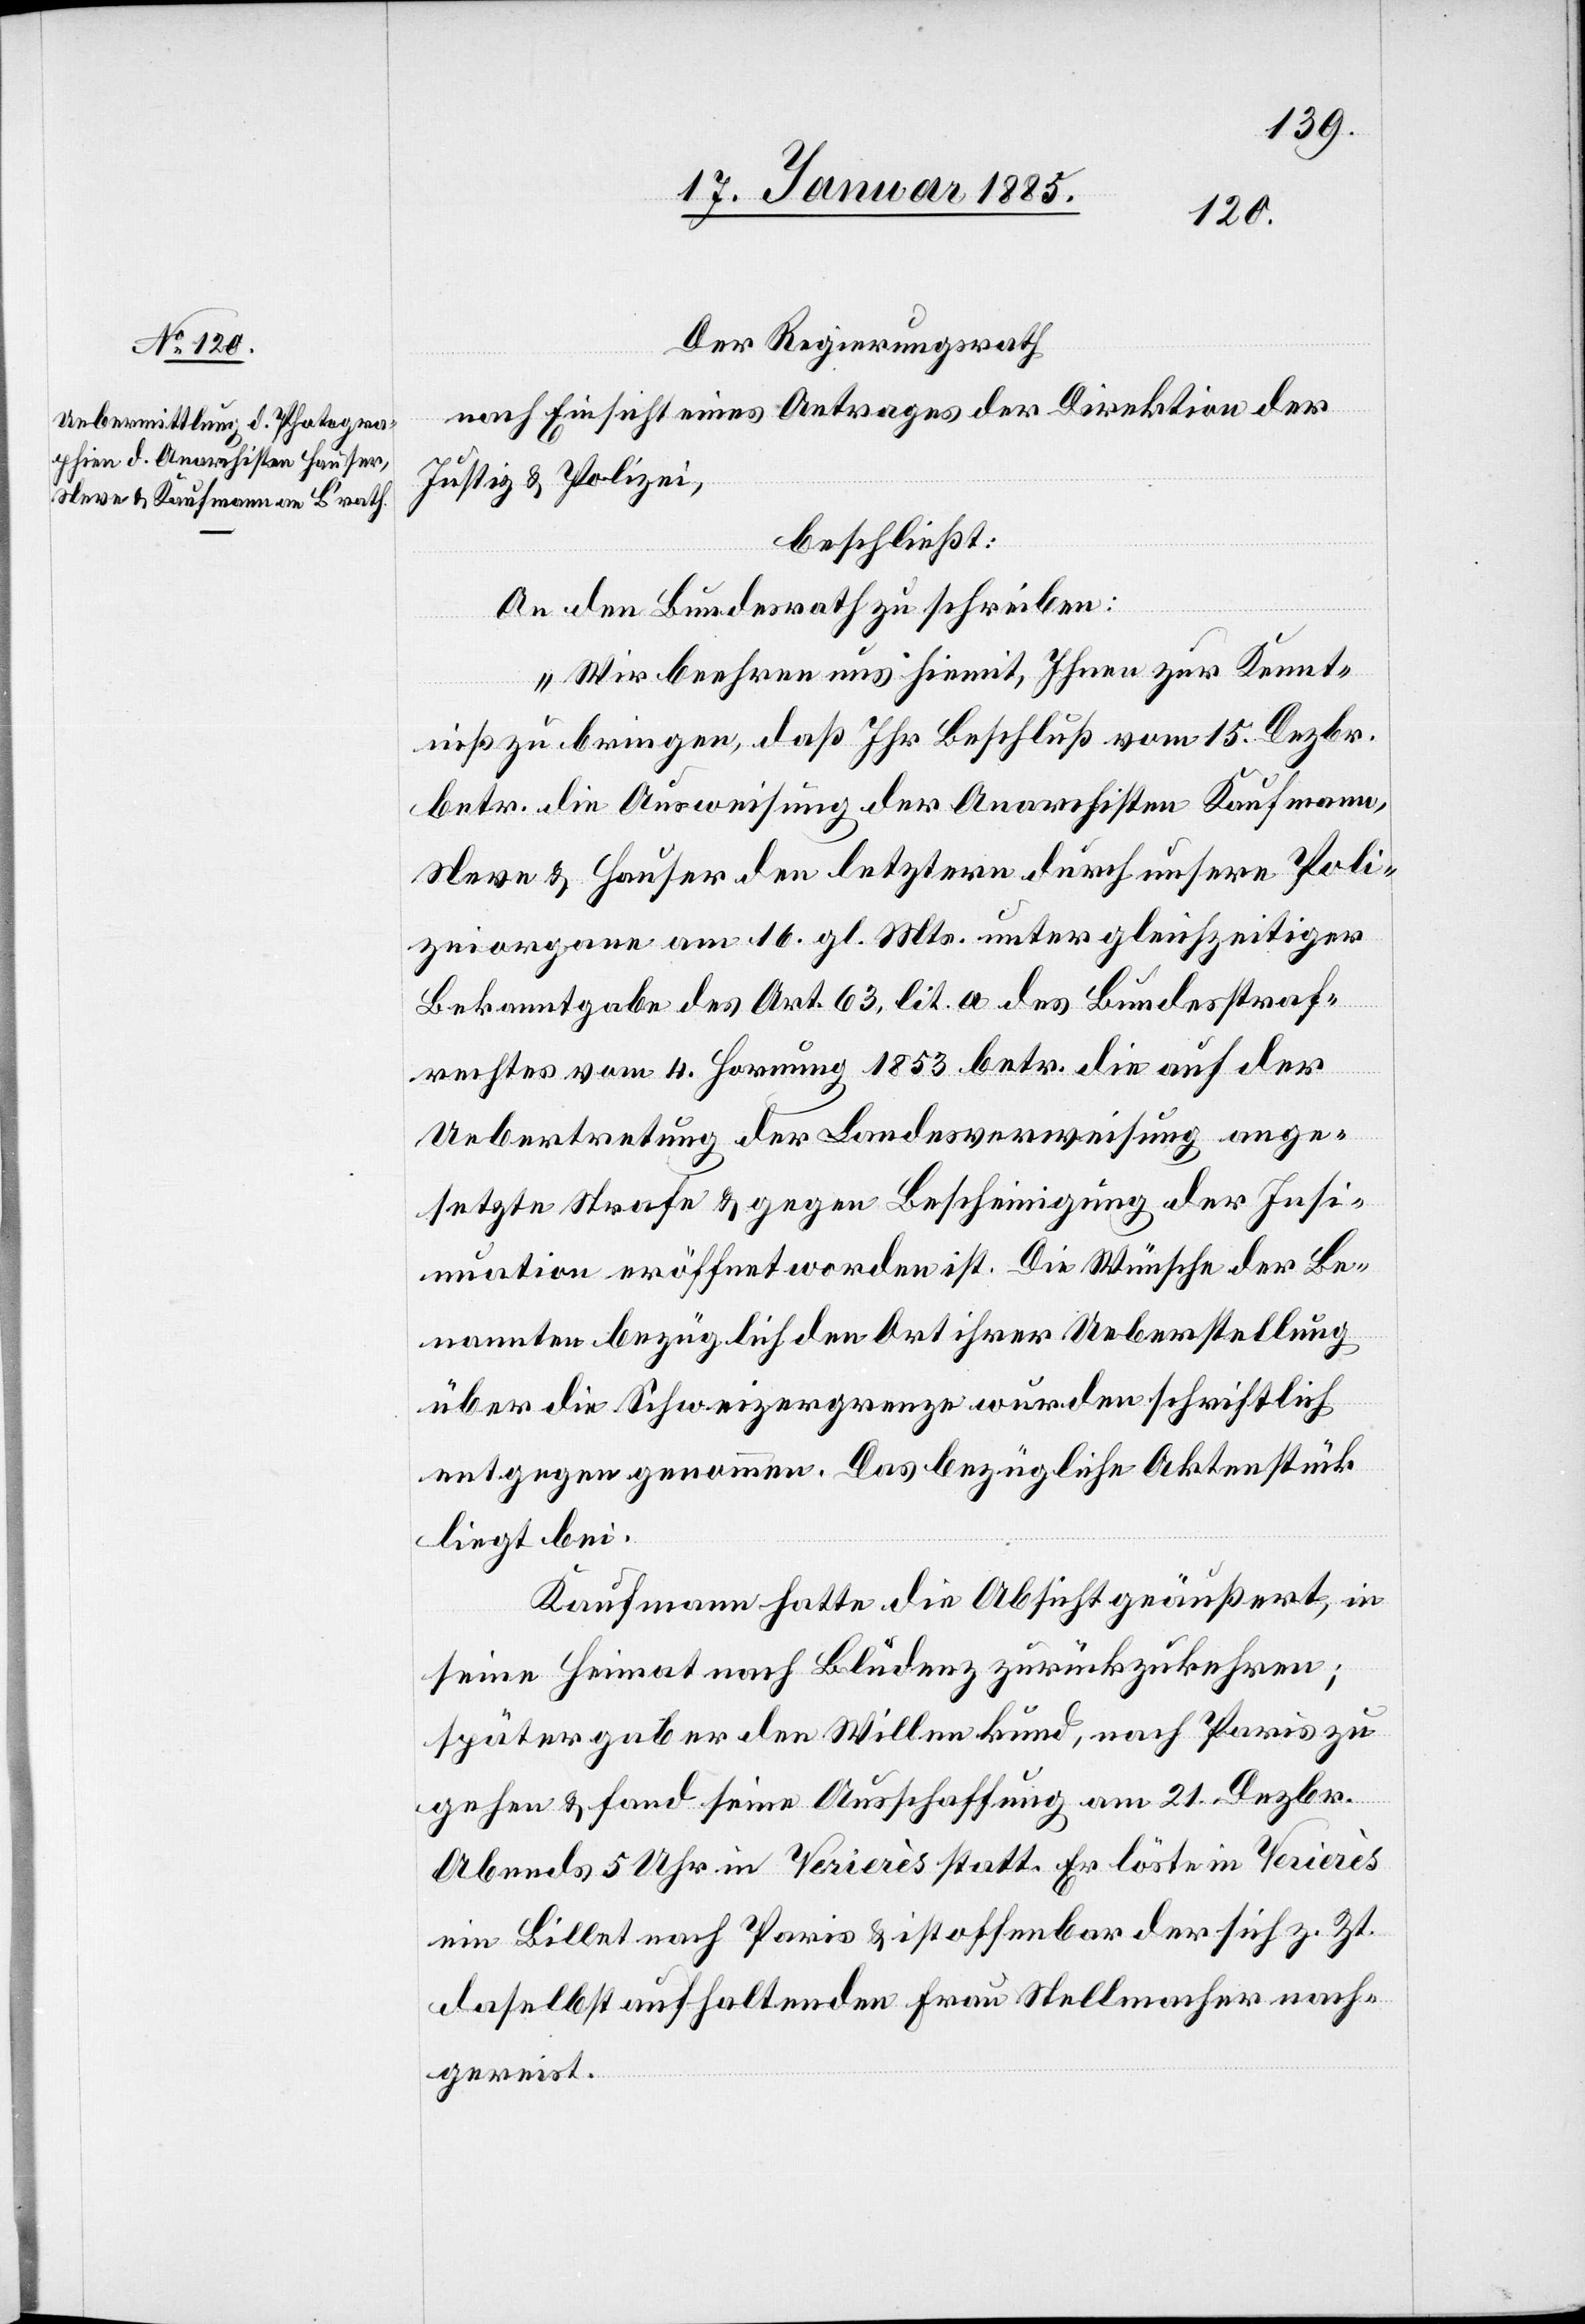
Der Regierungsrath,
nach Einsicht eines Antrages der der Direktion der
Justiz & Polizei,
beschließt:
An den Bundesrath zu schreiben:
„Wir beehren uns hiemit, Ihnen zur Kennt¬
niß zu bringen, daß Ihr Beschluß vom 15. Dezbr.
betr. die Ausweisung der Anarchisten Kaufmann,
Neve & Hauser[,] den letztern durch unsere Poli¬
zeiorgane am 16. gl. Mts. unter gleichzeitiger
Bekanntgabe des Art. 63, lit. a. des Bundestraf¬
rechtes vom 4. Hornung 1853 betr. die auf der
Uebertretung der Landesverweisung ange¬
setzte Strafe & gegen Bescheinigung der Insi¬
nuation eröffnet worden ist. Die Wünsche der Be¬
amten bezüglich den Ort ihrer Ueberstellung
über die Schweizergrenze wurden schriftlich
entgegen genommen. Das bezügliche Aktenstück
liegt bei.
Kaufmann hatte die Absicht geäußert, in
seine Heimat nach Bludenz zurückzukehren;
später gab er den Willen kund, nach Paris zu
gehen & fand seine Ausschaffung am 21. Dezbr.
Abends 5 Uhr in Verierès statt. Er löste in Verierès
ein Billet nach Paris & ist offenbar der sich z. Zt.
daselbst aufhaltenden Frau Stellmacher nach¬
gereist.